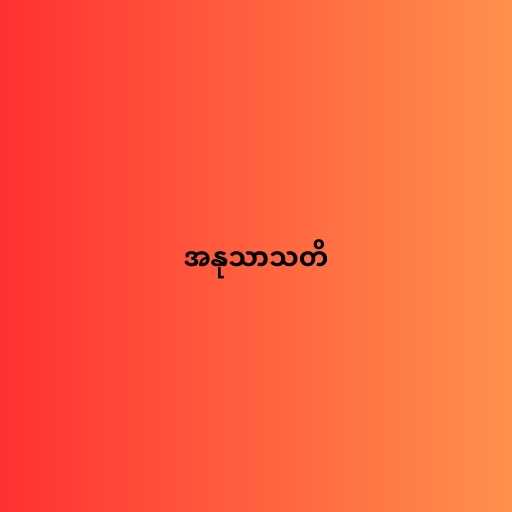
အနုသာသတိ